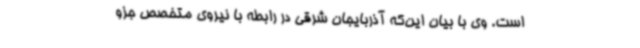
است. وی با بیان این‌که آذربایجان شرقی در رابطه با نیروی متخصص جزو